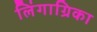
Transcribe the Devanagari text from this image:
लिंगाग्रिका